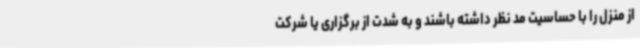
از منزل را با حساسیت مد نظر داشته باشند و به شدت از برگزاری یا شرکت